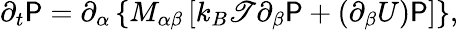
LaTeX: \partial_{t}\mathsf{P}=\partial_{\alpha}\left\{ M_{\alpha\beta}\left[k_{B}\mathscr{T}\partial_{\beta}\mathsf{P}+(\partial_{\beta}U)\mathsf{P}\right]\right\} ,